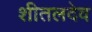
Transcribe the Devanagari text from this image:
शीतलदेव